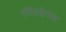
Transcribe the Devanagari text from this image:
एंब्रिओनल